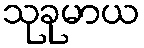
သုခုမာယ